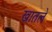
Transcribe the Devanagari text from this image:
खातले